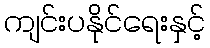
ကျင်းပနိုင်ရေးနှင့်